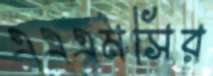
এএএমসির